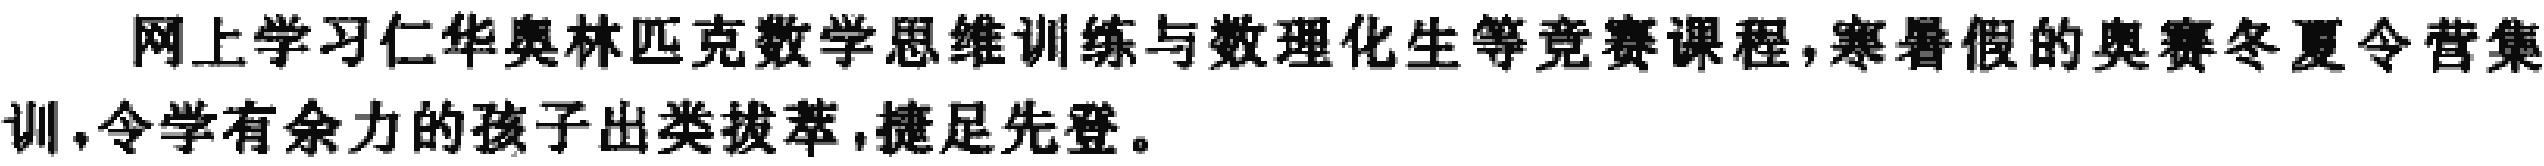
网上学习仁华奥林匹克数学思维训练与数理化生等竞赛课程,寒暑假的奥赛冬夏令营集训,令学有余力的孩子出类拔萃,捷足先登。